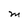
Character: M